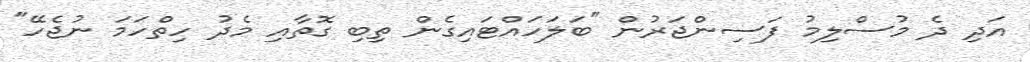
އަދި ދެ މުސްލިމު ފަސިންޖަރުން "ބަލަހައްޓައިގެން ތިބި ގޮތާއި މެދު ހިތްހަމަ ނުޖެހޭ"